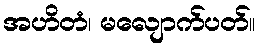
အဟိတံ၊ မလျောက်ပတ်။